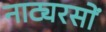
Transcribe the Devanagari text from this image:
नाट्यरसों